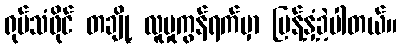
ရုပ်သံဖိုင် တချို့ လူမှုကွန်ရက်မှာ ပြန့်နှံ့ခဲ့ပါတယ်။